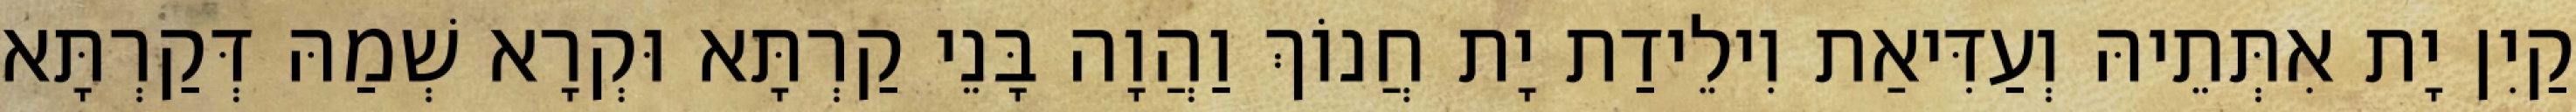
קַיִן יָת אִתְּתֵיהּ וְעַדִּיאַת וִילֵידַת יָת חֲנוֹךְ וַהֲוָה בָּנֵי קַרְתָּא וּקְרָא שְׁמַהּ דְּקַרְתָּא